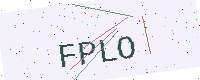
Text: FPLO